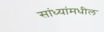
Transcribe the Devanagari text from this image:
सांध्यांमधील